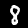
Label: 8